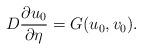
LaTeX: \begin{align*} D{\frac{ \partial {u_0}}{\partial \eta}} =G( u_0, v_0).\end{align*}